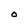
Character: O